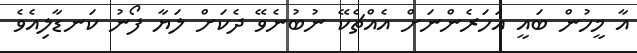
އާ މީހުން ބައީ އަހަރެންނަށް އެއްޗެކޭ ނުބުނެވޭ ދެކަށް ލަޔާ ފޯނު ކަނޑާލިއެވެ